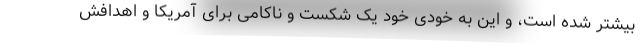
بیشتر شده است، و این به خودی خود یک شکست و ناکامی برای آمریکا و اهدافش